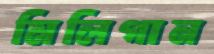
মিলিগান